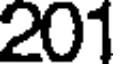
201